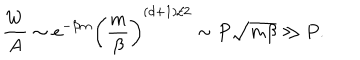
LaTeX: \frac { W } { A } \sim e ^ { - \beta m } \left( \frac { m } { \beta } \right) ^ { ( d + 1 ) / 2 } \sim P { \sqrt { m \beta } } \gg P .